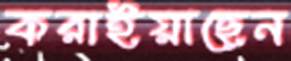
করাইয়াছেন